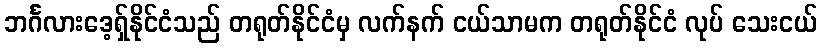
ဘင်္ဂလားဒေ့ရှ်နိုင်ငံသည် တရုတ်နိုင်ငံမှ လက်နက် ငယ်သာမက တရုတ်နိုင်ငံ လုပ် သေးငယ်